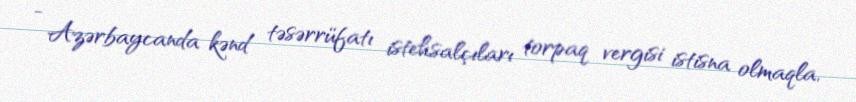
- Azərbaycanda kənd təsərrüfatı istehsalçıları torpaq vergisi istisna olmaqla,